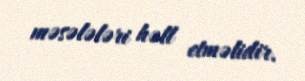
məsələləri həll etməlidir.